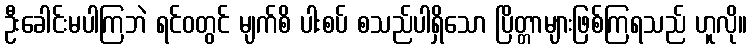
ဦးခေါင်းမပါကြဘဲ ရင်ဝတွင် မျက်စိ ပါးစပ် စသည်ပါရှိသော ပြိတ္တာများဖြစ်ကြရသည် ဟူလို။